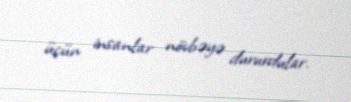
üçün insanlar növbəyə dururdular.